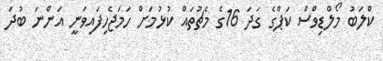
ކްލަބު މޯލްޑިވްސް ކަޕްގެ ގަދަ 16ގެ މެޗުތައް ކުޅުމަށް ހަމަޖެހިފައިވަނީ އަންނަ ބުދަ